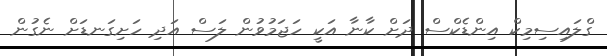
ގްލައިސިމިކް އިންޑެކްސް ދަށް ކާނާ އަކީ ހަޖަމުވުން ލަސް އަދި ހަށިގަނޑަށް ނެގުން